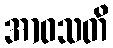
အာဝသတိ